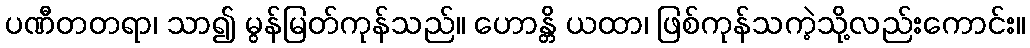
ပဏီတတရာ၊ သာ၍ မွန်မြတ်ကုန်သည်။ ဟောန္တိ ယထာ၊ ဖြစ်ကုန်သကဲ့သို့လည်းကောင်း။